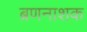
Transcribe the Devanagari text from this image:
ब्रणनाशक